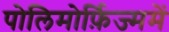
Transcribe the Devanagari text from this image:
पोलिमोर्फ़िज्ममें